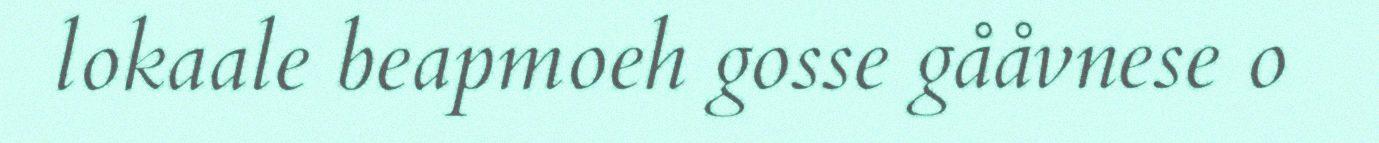
lokaale beapmoeh gosse gååvnese o